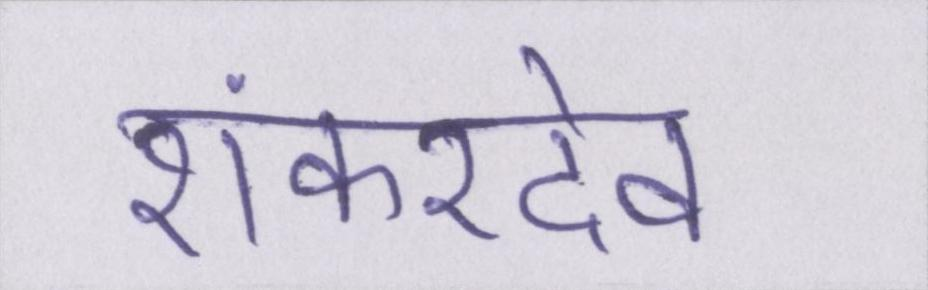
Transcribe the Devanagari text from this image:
शंकरदेव